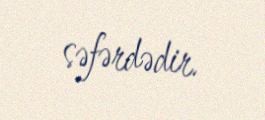
səfərdədir.